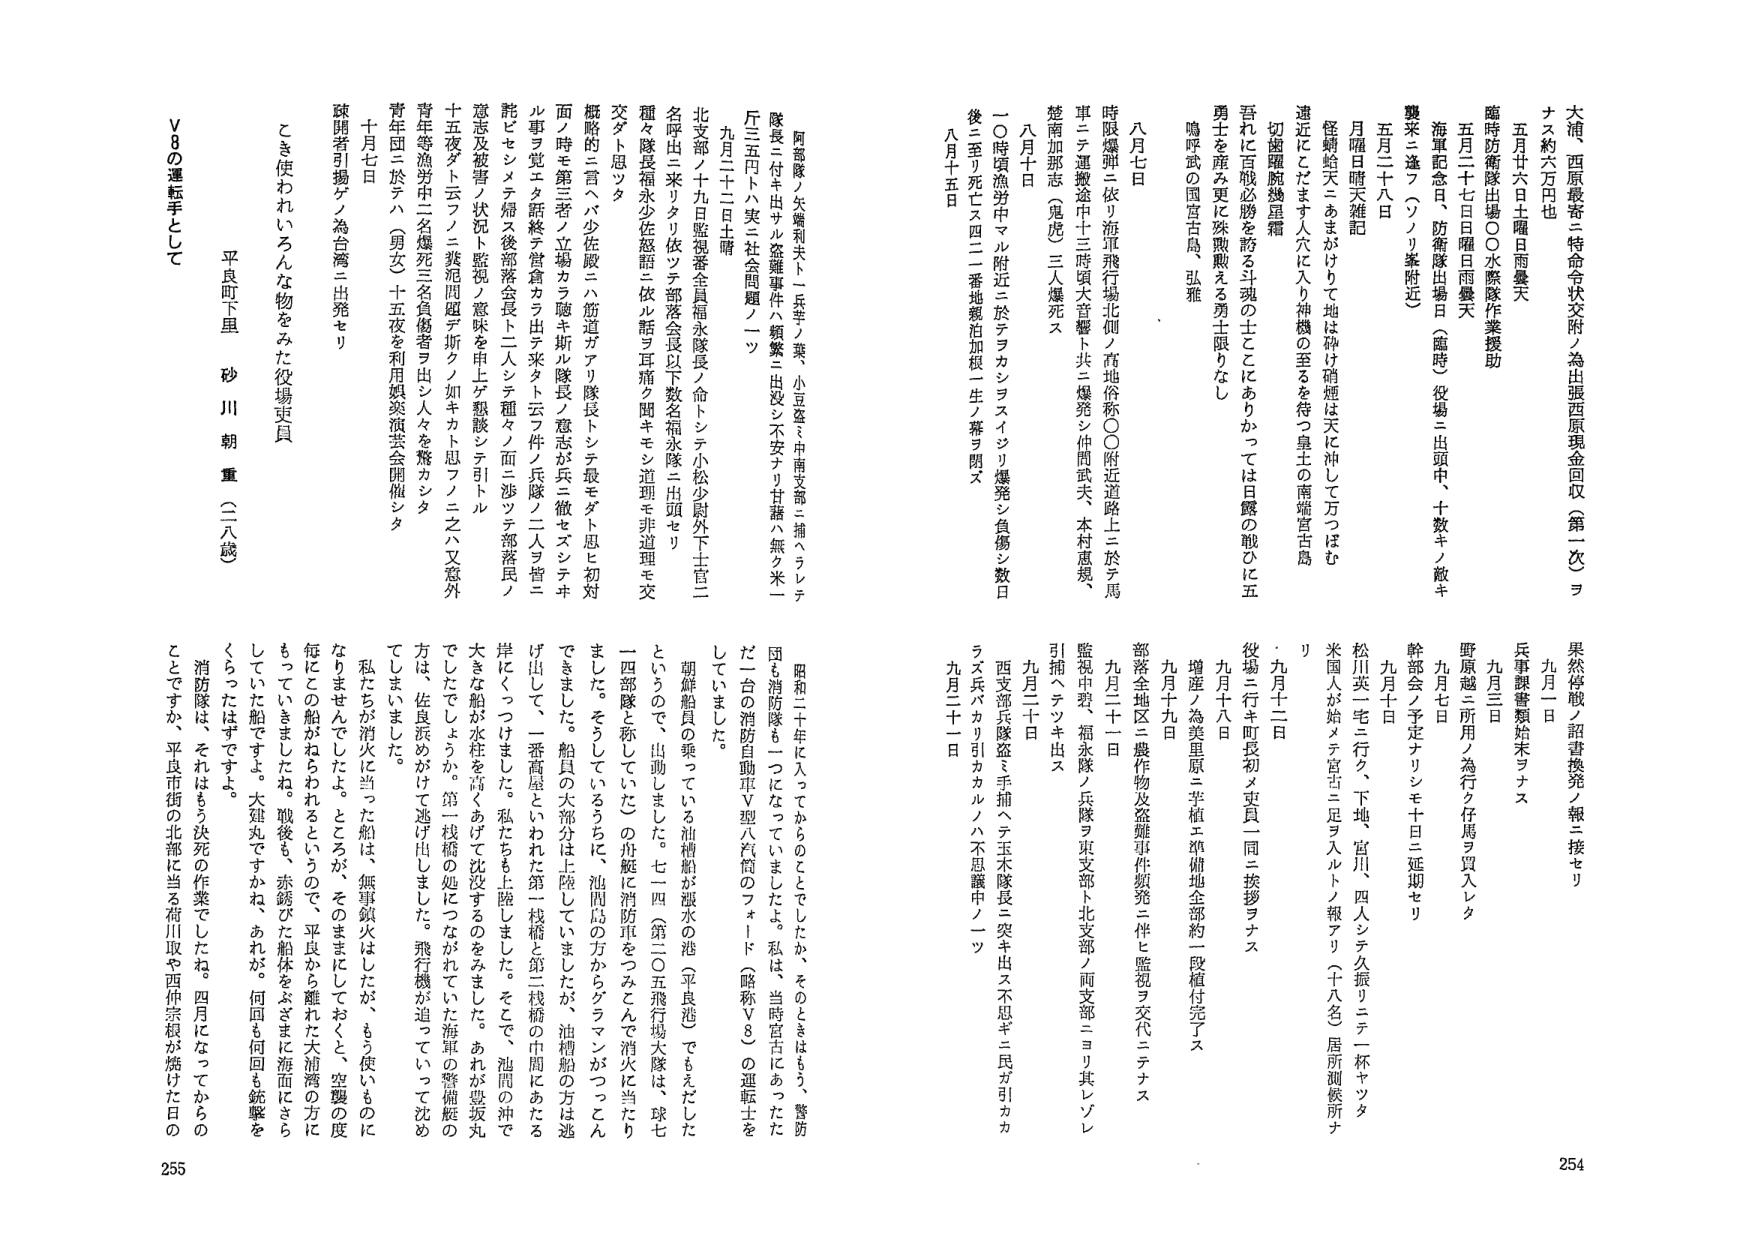
大浦西原最寄ニ特命令状交付ノ為出張西原現金回収（第二次）ヲナス約六万円也

五月廿六日土曜日雨曇天
臨時防衛隊出場○○水際隊作業援助

五月二十七日晴日雨曇天
海軍記念日、防衛隊出場日（塵時）役場ニ出頭中、十数キノ敵キ襲来ニ逢フ（ソリ峯附近）

五月二十八日
月曜日晴天雑記
怪蛹蛤天ニあまがけりて地は砂け硝煙は天に沖してこ万つはむ
速近にたたきす人穴に入り神機の至るを待つ皇士の南端宮古島
切歯蹴腕幾星霜
吾れに百戦必勝を誇る斗魂の士とここにありかっては日露の戦ひに五勇士を産み更に殊勲える勇士限りなし
嗚呼武の国宮古島、弘雅

八月七日
時限爆弾二依リ海軍飛行場北側ノ高地俗称○○附近道路上ニ於テ馬車ニテ運搬途中十七三時頃大音響ト共ニ爆発シ仲間武夫、本村恵規、楚南加邦志（鬼虎）三人爆死ス

八月十日
一〇時頃漁労中マル附近二於テヲカシヨスイジリ爆発ノ負傷シ数日後三至リ死ヒス四二一番地親泊加根二生一蕃ヲ閉ズ

八月十五日

九月一日
果然停戦ノ訳書換発ノ報ニ接セリ
兵事観書類始末ヲナス

九月三日
野原越二所用ノ為行ク仔馬ヲ買入レタ

九月七日
幹部会ノ予定ナリシモ十日ニ延期セリ

九月十日
松川英一宅ニ行ク、下地、宮川、四人シテ久振リニテ一杯ヤンタ
米国人が始メテ宮古二足ヲ入ルトノ報アリ（十八名）居所訓練所ナリ

九月十二日
役場二行キ町長初メ吏員一同ニ挨拶ヲナス

九月十八日
増産ノ為美里原二芋植エ準備地全部約一段植付完了ス

九月十九日
部落全地区二農作物及盗難事件頻発二伴ヒ監視ヲ交代二テナス

九月二十日
監視中碧二福永隊ノ兵隊ヲ東支部ト北支部ノ両支部ニヨリ其レソレ引捕ヘテッキ出ス

九月二十日
西支部兵隊盗ミ手捕ヘテ玉木隊長二突キ出ス不思キ二民ガ引カカラズ兵バカリ引カカルノハ不思議中ノ一ツ

九月二十一日

阿部隊ノ矢鶏利夫ト一兵手ノ葵、小豆座ミ中南支部二捕ヘラレテ隊長二付キ出サル盗難事件ノ頻繁二出没シ不安ナリ甘藷ハ無ク米一斤三五円トハ実二社会問題ノ一ツ

九月二十二日土曜
北支部ノ十九日監視署全員福永隊長ノ命トシテ小松少尉外下士官二名呼出二来リタリ依テ隊落会長以下数名福永隊二出頭セリ
種々隊長福永少佐歓語二依ル話ヲ耳痛ク聞キモン道理モ非道理モ交交タト思タ
概略的二言ヘバ少佐殿二八節道ガアリ隊長トシテ最モダト思ヒ初対面ノ時モ第三者ノ立場カラ聴キ斯ル隊長ノ意志が兵二徹セズシテキル事ヲ覚エタ話終テ営倉カラ出テ来タト云フ件ノ兵隊ノ二人ヲ皆三託ヒセムメテ帰ス後部落会長ト二人シテ談々ノ而シ涉テ支部落民ノ意志及被警ノ状況ト監視ノ意味を申上ゲ類談シテ引トル
十五夜ダト云フノ二猟犯問題デ斯クノ如キカト思フノ二之ハ又意外
青年等漁労中二名爆死三名負傷者ヲ出シ人々を驚カシタ
青年団二於テハ（男女）十五夜を利用娯楽演芸会開催シタ
十月七日
疎開者引揚ゲノ為台湾二出発セリ

こき使われいろんな物をみた役場吏員
平良町下里 砂川 朝重（二八歳）
V8の運転手として

昭和二十年に入ってからのことでしたが、そのときはもう、警防団も消防隊も一つになっていましたよ。私は、当時宮古にあったただ一台の消防自動車V型八汽筒のフォード（略称V8）の運転士をしていました。
朝鮮船員の乗っている油槽船が漁水の港（平良港）でもえだしたというので、出動しました。七一四（第三〇五飛行場大隊は、球七一四部隊と称していた）の舟艇に消防車をつみこんで消火に当たりました。そうしているうちに、池間島の方からゲラマンがつってこんできました。船員の大部分は上陸していましたが、油槽船の方は逃げ出して、一帯高屋といわれた第一桟橋と第二桟橋の中間にあたる岸にくっつけました。私たちも上陸しました。そこで、池間の沖で大きな船が水柱を高くあげて沈没するのをみました。あれが豊坂丸でしたでしょうか。第一桟橋の処につながれていた海軍の警備艇の方は、佐良浜めがけて逃げ出しました。飛行機が追っていって沈めてしまいました。
私たちが消火に当った船は、無事鎮火はしたが、もう使いものになりませんでしたよ。ところが、そのままにしておくと、空襲の度毎にこの船がねらわれるというので、平良から離れた大浦湾の方にもっていきましたね。戦後も、赤錆びた船体をぶざまに海面にさらしていた船ですよ。大建丸ですかね、あれが。何回も何回も銃撃をくらったはずですよ。
消防隊は、それはもう決死の作業でしたね。四月になってからのことですが、平良市街の北部に当る荷川取や西仲宗根が焼けた日の

254
255